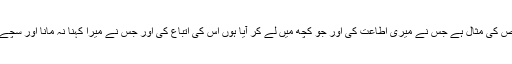
پس یہی اس شخص کی مثال ہے جس نے میری اطاعت کی اور جو کچھ میں لے کر آیا ہوں اس کی اتباع کی اور جس نے میرا کہنا نہ مانا اور سچے دین کو جھٹلایا۔